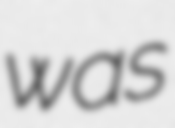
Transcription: was